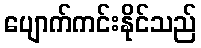
ပျောက်ကင်းနိုင်သည်